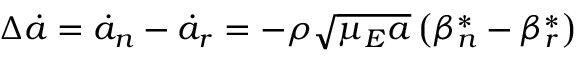
\Delta \dot { a } = \dot { a } _ { n } - \dot { a } _ { r } = - \rho \sqrt { \mu _ { E } a } \left( \beta _ { n } ^ { * } - \beta _ { r } ^ { * } \right)